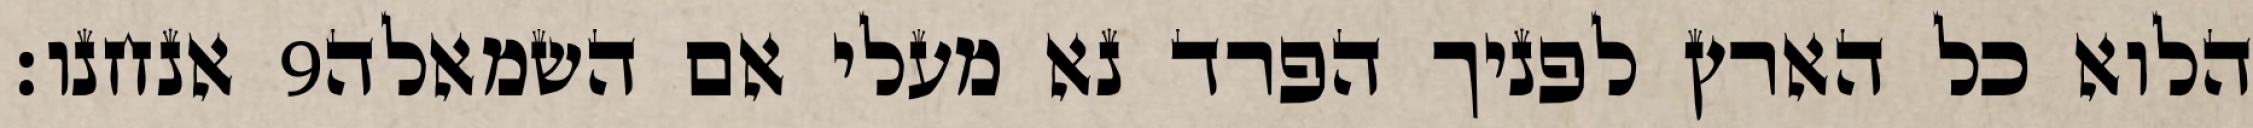
אנחנו׃ ‎9‏ הלוא כל הארץ לפניך הפרד נא מעלי אם השמאלה